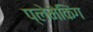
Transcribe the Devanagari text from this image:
प्लेमेकिंग